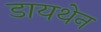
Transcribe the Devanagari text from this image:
डायथेन